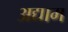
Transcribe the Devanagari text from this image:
अद्याम